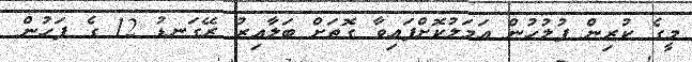
މީގެ ކުރިން ފުލުހުން އަމަލުކޮށްފައިވާ ގޮތަށް ބަލާއިރު ރޭގަނޑު 12 ގެ ފަހުން